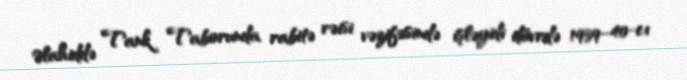
Əlahiddə Tank Taborunda rabitə rəisi vəzifəsində işləyidi dövrdə 1939–40-cı